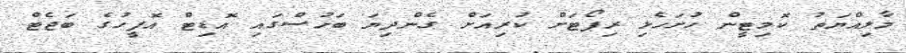
މާލިއްޔަތު ކޮމިޓީން ހުށަހެޅި ރިޕޯޓަށް ކުރިއަށް ގެންދިޔަ ބަހުސްގައި އޮޑިޓް އޮފީހުގެ ބަޖެޓް